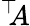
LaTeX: ^{\top}\! \! A